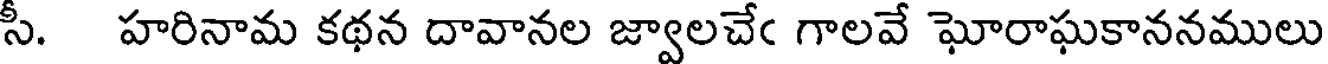
సీ. హరినామ కథన దావానల జ్వాలచేఁ గాలవే ఘోరాఘకాననములు